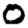
Digit: 0